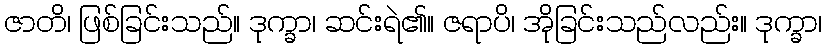
ဇာတိ၊ ဖြစ်ခြင်းသည်။ ဒုက္ခာ၊ ဆင်းရဲ၏။ ဇရာပိ၊ အိုခြင်းသည်လည်း။ ဒုက္ခာ၊